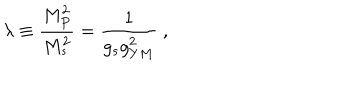
\lambda \equiv { { \frac { M _ { P } ^ { 2 } } { M _ { s } ^ { 2 } } } } = { \frac { 1 } { g _ { s } g _ { Y M } ^ { 2 } } } \ ,